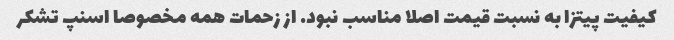
کیفیت پیتزا به نسبت قیمت اصلا مناسب نبود. از زحمات همه مخصوصا اسنپ تشکر